Indian journal of veterinary science and animal husbandry - Volume 11,
Year: 1941
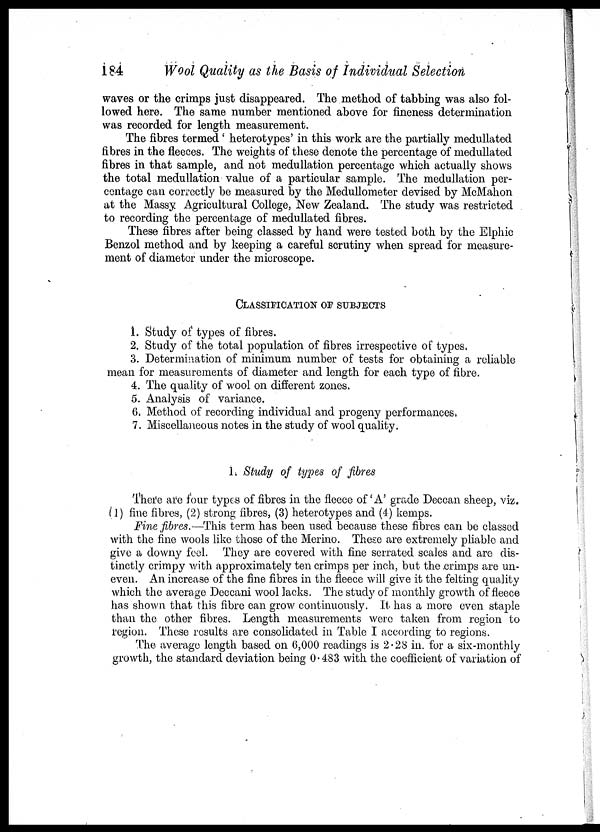
184
Wool Quality as the Basis of Individual Selection
waves or the crimps just disappeared. The method of tabbing was also fol-
lowed here. The same number mentioned above for fineness determination
was recorded for length measurement.
The fibres termed ' heterotypes' in this work are the partially medullated
fibres in the fleeces. The weights of these denote the percentage of medullated
fibres in that sample, and not medullation percentage which actually shows
the total medullation value of a particular sample. The medullation per-
centage can correctly be measured by the Medullometer devised by McMahon
at the Massy Agricultural College, New Zealand. The study was restricted
to recording the percentage of medullated fibres.
These fibres after being classed by hand were tested both by the Elphic
Benzol method and by keeping a careful scrutiny when spread for measure-
ment of diameter under the microscope.
CLASSIFICATION OF SUBJECTS
1. Study of types of fibres.
2. Study of the total population of fibres irrespective of types.
3. Determination of minimum number of tests for obtaining a reliable
mean for measurements of diameter and length for each type of fibre.
4. The quality of wool on different zones.
5. Analysis of variance.
6. Method of recording individual and progeny performances.
7. Miscellaneous notes in the study of wool quality.
1. Study of types of fibres
There are four types of fibres in the fleece of 'A' grade Deccan sheep, viz.
(1) fine fibres, (2) strong fibres, (3) heterotypes and (4) kemps.
Fine fibres.—This term has been used because these fibres can be classed
with the fine wools like those of the Merino. These are extremely pliable and
give a downy feel. They are covered with fine serrated scales and are dis-
tinctly crimpy with approximately ten crimps per inch, but the crimps are un-
even. An increase of the fine fibres in the fleece will give it the felting quality
which the average Deccani wool lacks. The study of monthly growth of fleece
has shown that this fibre can grow continuously. It has a more even staple
than the other fibres. Length measurements were taken from region to
region. These results are consolidated in Table I according to regions.
The. average length based on 6,000 readings is 2.28 in. for a six-monthly
growth, the standard deviation being 0.483 with the coefficient of variation of